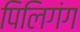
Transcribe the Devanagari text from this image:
पिलिगंग